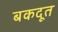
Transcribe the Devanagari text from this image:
बकदूत